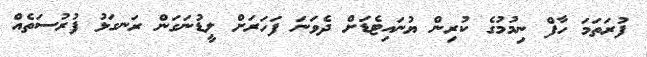
ފުރަތަމަ ހާފް ނިމުމުގެ ކުރިން ޔުނައިޓެޑަށް ދެވަނަ ފަހަރަށް ލީޑުނަގަން ރަނގަޅު ފުރުސަތެއް